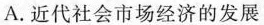
A.近代社会市场经济的发展